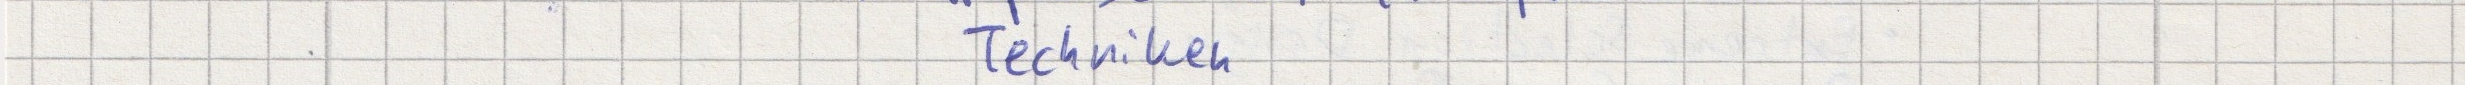
Techniken